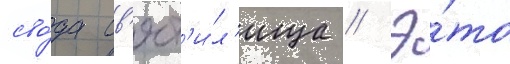
сво́да св'ят'и́л'ища // Э́то